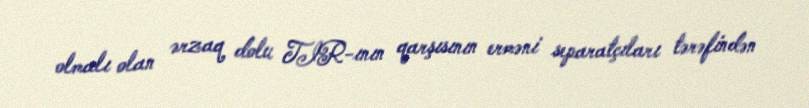
olmalı olan ərzaq dolu TIR-ının qarşısının erməni separatçıları tərəfindən